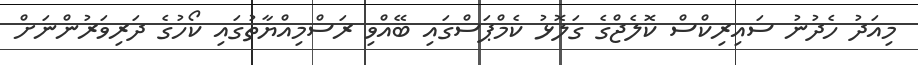
މިއަދު ހެދުނު ސައިރިކްސް ކޮލެޖްގެ ގަލޮޅު ކެމްޕަސްގައި ބޭއްވި ރަސްމިއްޔާތުގައި ކޯހުގެ ދަރިވަރުންނަށް